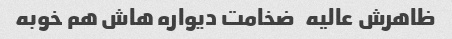
ظاهرش عالیه   ضخامت دیواره هاش هم خوبه